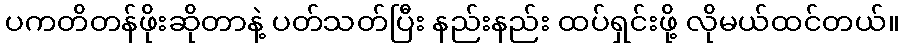
ပကတိတန်ဖိုးဆိုတာနဲ့ ပတ်သတ်ပြီး နည်းနည်း ထပ်ရှင်းဖို့ လိုမယ်ထင်တယ်။